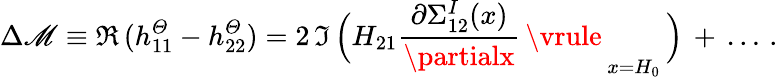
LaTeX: \Delta\mathscr{M}\equiv\Re\, (h_{11}^{\mit\Theta}-h_{22}^{\mit\Theta})=2\, \Im\, \Big(H_{21}{\frac{{\partial{\Sigma}_{12}^{I}(x)}}{{\partialx}}\, \vrule\, }_{x=H_{0}}\, \Big)\, +\, \ldots\, .